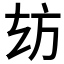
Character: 𭤪